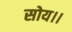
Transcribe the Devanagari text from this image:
सोय।।